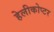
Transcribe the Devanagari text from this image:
हेलीकोप्टर